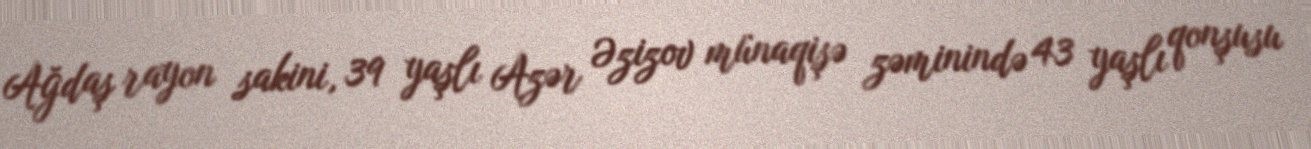
Ağdaş rayon sakini, 39 yaşlı Azər Əzizov münaqişə zəminində 43 yaşlı qonşusu